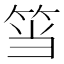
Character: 筜